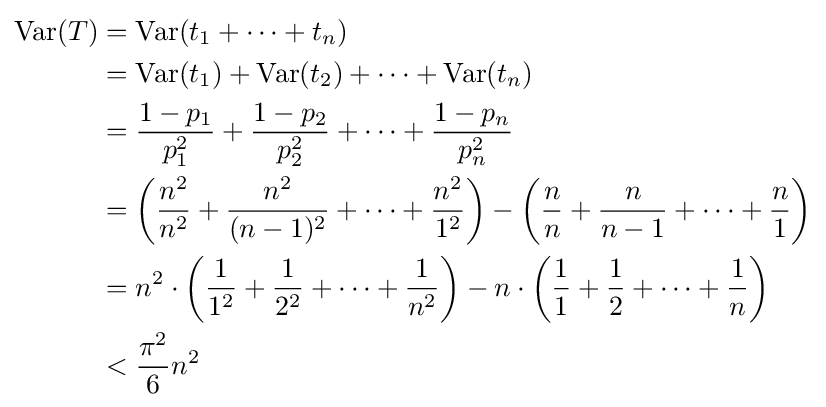
{\begin{aligned}\operatorname {Var} (T)&{}=\operatorname {Var} (t_{1}+\cdots +t_{n})\\&{}=\operatorname {Var} (t_{1})+\operatorname {Var} (t_{2})+\cdots +\operatorname {Var} (t_{n})\\&{}={\frac {1-p_{1}}{p_{1}^{2}}}+{\frac {1-p_{2}}{p_{2}^{2}}}+\cdots +{\frac {1-p_{n}}{p_{n}^{2}}}\\&{}=\left({\frac {n^{2}}{n^{2}}}+{\frac {n^{2}}{(n-1)^{2}}}+\cdots +{\frac {n^{2}}{1^{2}}}\right)-\left({\frac {n}{n}}+{\frac {n}{n-1}}+\cdots +{\frac {n}{1}}\right)\\&{}=n^{2}\cdot \left({\frac {1}{1^{2}}}+{\frac {1}{2^{2}}}+\cdots +{\frac {1}{n^{2}}}\right)-n\cdot \left({\frac {1}{1}}+{\frac {1}{2}}+\cdots +{\frac {1}{n}}\right)\\&{}<{\frac {\pi ^{2}}{6}}n^{2}\end{aligned}}